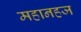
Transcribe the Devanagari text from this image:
महानहज